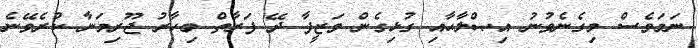
ނަމަވެސް މިގެނެވުނު އިޞްލާޙާއި ގުޅިގެން ވަޒީފާ ދޭ ފަރާތް މިހާރު ޖޫރިމަނާ ކުރެވޭނެ